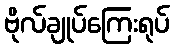
ဗိုလ်ချုပ်ကြေးရုပ်